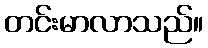
တင်းမာလာသည်။